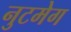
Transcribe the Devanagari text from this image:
नुटमेग